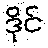
ဒိုင်